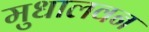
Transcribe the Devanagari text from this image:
मुधालवन